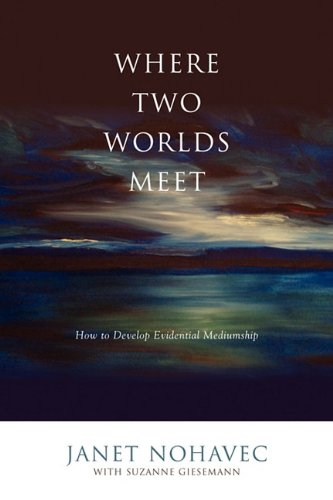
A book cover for Where Two Worlds Meet; Janet Nohavec; Religion & Spirituality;